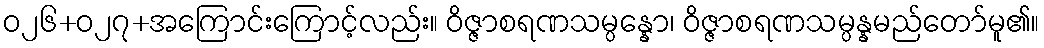
ဝ၂၆+၀၂၇+အကြောင်းကြောင့်လည်း။ ဝိဇ္ဇာစရဏသမ္ပန္နော၊ ဝိဇ္ဇာစရဏသမ္ပန္နမည်တော်မူ၏။